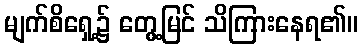
မျက်စိရှေ့၌ တွေ့မြင် သိကြားနေရ၏။